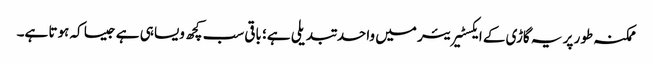
ممکنہ طور پر یہ گاڑی کے ایکسٹیریئر میں واحد تبدیلی ہے؛ باقی سب کچھ ویسا ہی ہے جیسا کہ ہوتا ہے۔